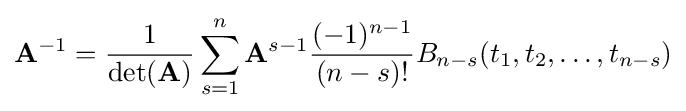
\mathbf {A} ^{-1}={\frac {1}{\det(\mathbf {A} )}}\sum _{s=1}^{n}\mathbf {A} ^{s-1}{\frac {(-1)^{n-1}}{(n-s)!}}B_{n-s}(t_{1},t_{2},\ldots ,t_{n-s})